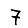
Digit: 7